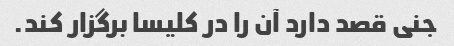
جنی قصد دارد آن را در کلیسا برگزار کند.